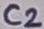
Text: C2